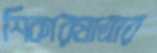
শিকারযাত্রার